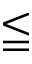
\leqq